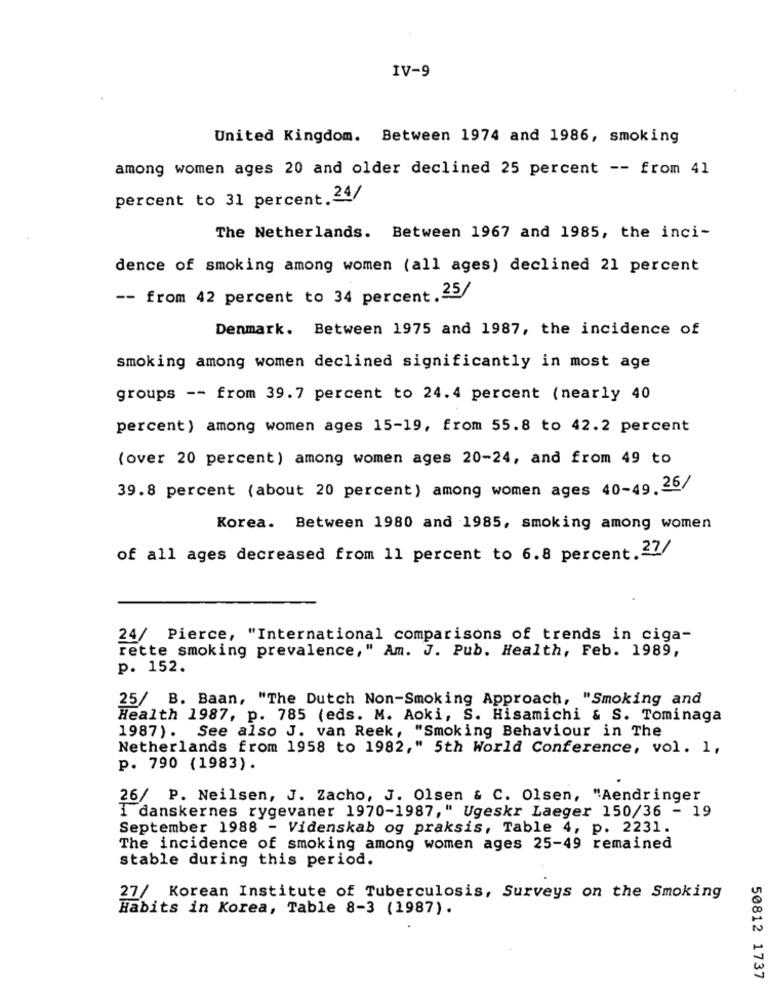
IV-9
United Kingdom. Between 1974 and 1986, smoking
among women ages 20 and older declined 25 percent -- from 41
percent to 31 percent.24/
The Netherlands. Between 1967 and 1985, the inci-
dence of smoking among women (all ages) declined 21 percent
-- from 42 percent to 34 percent.25/
Denmark. Between 1975 and 1987, the incidence of
smoking among women declined significantly in most age
groups -- from 39.7 percent to 24.4 percent (nearly 40
percent) among women ages 15-19, from 55.8 to 42.2 percent
(over 20 percent) among women ages 20-24, and from 49 to
39.8 percent (about 20 percent) among women ages 40-49.26/
Korea. Between 1980 and 1985, smoking among women
of all ages decreased from 11 percent to 6.8 percent.27/
24/ Pierce, "International comparisons of trends in ciga-
rette smoking prevalence," Am. J. Pub. Health, Feb. 1989,
p. 152.
25/ B. Baan, "The Dutch Non-Smoking Approach, "Smoking and
Health 1987, p. 785 (eds. M. Aoki, S. Hisamichi & S. Tominaga
1987). See also J. van Reek, "Smoking Behaviour in The
Netherlands from 1958 to 1982," 5th World Conference, vol. 1,
p. 790 (1983).
26/ P. Neilsen, J. Zacho, J. Olsen & C. Olsen, "Aendringer
i danskernes rygevaner 1970-1987," Ugeskr Laeger 150/36 - 19
September 1988 - Videnskab og praksis, Table 4, p. 2231.
The incidence of smoking among women ages 25-49 remained
stable during this period.
27/ Korean Institute of Tuberculosis, Surveys on the Smoking
Habits in Korea, Table 8-3 (1987).
50812 1737